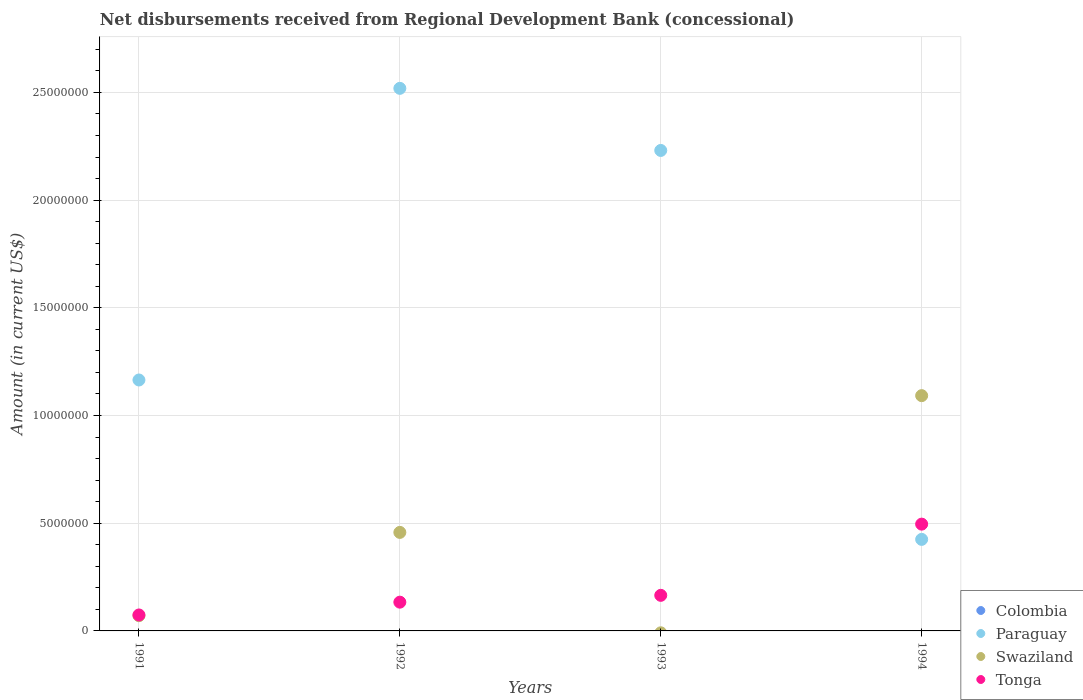
| Years | Colombia | Paraguay | Swaziland | Tonga |
 | --- | --- | --- | --- | --- |
 | 1991 | -2.29e+07 | 1.16e+07 | 7.07e+05 | 7.41e+05 |
 | 1992 | -7.71e+06 | 2.52e+07 | 4.57e+06 | 1.34e+06 |
 | 1993 | -1.88e+07 | 2.23e+07 | -8.8e+04 | 1.65e+06 |
 | 1994 | -1.65e+07 | 4.25e+06 | 1.09e+07 | 4.96e+06 |